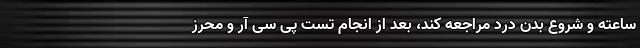
ساعته و شروع بدن درد مراجعه کند، بعد از انجام تست پی سی آر و محرز